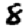
Digit: 8